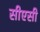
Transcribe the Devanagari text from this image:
सीएसी